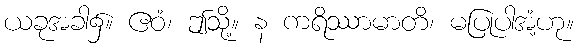
ယခုအခါ၌။ ဧဝံ၊ ဤသို့။ န ကရိဿာမာတိ၊ မပြုပါအံ့ဟု။